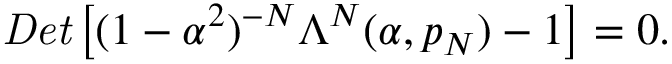
{ \it D e t } \left[ ( 1 - \alpha ^ { 2 } ) ^ { - N } \Lambda ^ { N } ( \alpha , p _ { N } ) - 1 \right] = 0 .